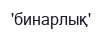
'бинарлық'